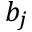
b _ { j }